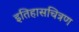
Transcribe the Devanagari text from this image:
इतिहासचित्रण